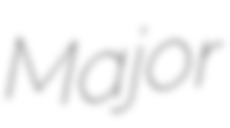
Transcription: Major